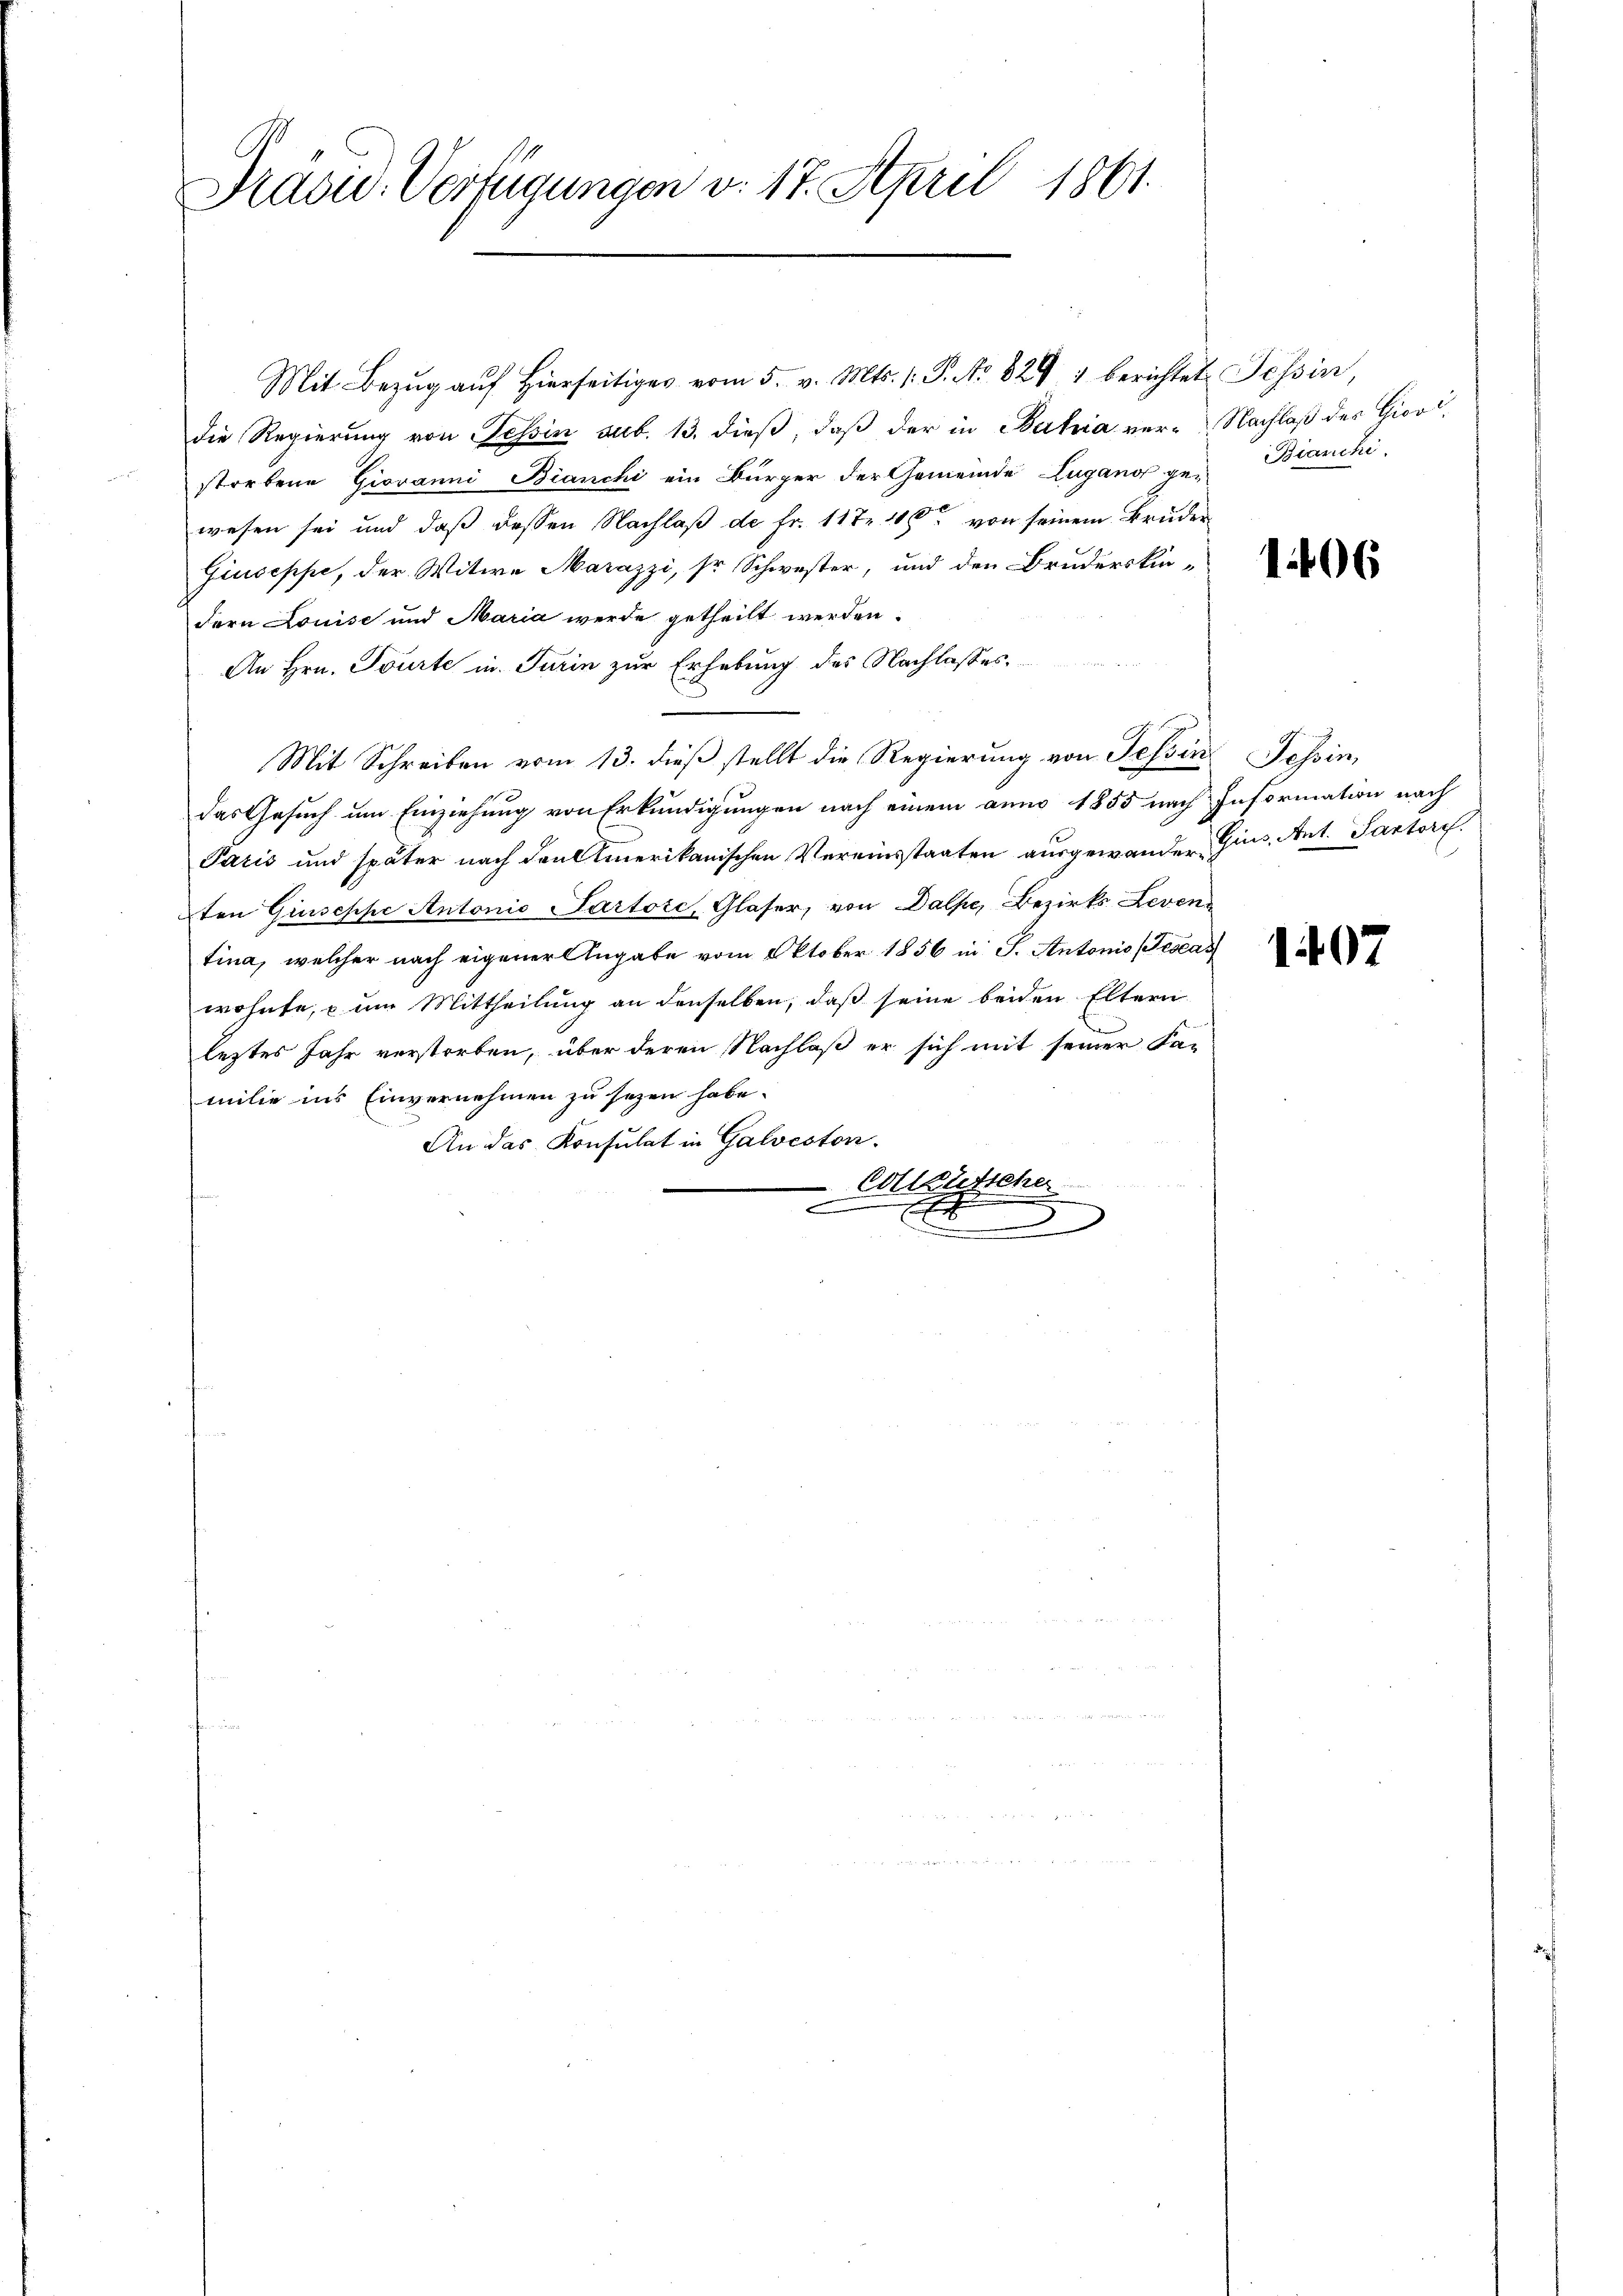
Präsid. Verfügungen v. 17. April 1861.

Mit Bezŭg aŭf hierseitiger vom 5. v. Mts. 1. P. No. 829 7 berichtet Tessin,
die Regierung von Tessin sub. 13. dieß, daß der in Bahia ver-Nachlaß des Giovistorbene Giovanni Bianchi ein Bürger der Gemeinde Zugano gef
wesen sei und daß dessen Nachlaß de fr. 117. 100 von seinem Bruder
Giuseppe, der Witwe Marazzi, so Schwester, und den Bruderskin-
dern Louise und Maria werde getheilt werden.
An Hrn. Tourte in Turin zur Erhebung des Nachlasses
Mit Schreiben vom 13. dieβ stellt die Regierung von Tessin Tessin,
das Gesuch um Einziehung von Erkundigungen nach einem anno 1855 nach Information nach
Paris und später nach den Amerikanischen Vereinsstaaten ausgewander Gins, Ant. Pastorf.
ten Giuseppe Antonio Sartoic, Glaser, von Dalpe, Bezirks Leven
tina, welcher nach eigener Angabe vom Oktober 1856 in J. Antonio (Tescas
wohnte, – um Mittheilung an denselben, daß seine beiden Eltern
leztes Jahr verstorben, über deren Nachlaß er sich mit seiner Familie ins Einvernehmen zu sezen habe.
An das Konsulat in Galveston.
-Collütsche
x
x

Bianchi

1406

1407